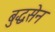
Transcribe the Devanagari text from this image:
बुद्धसेन